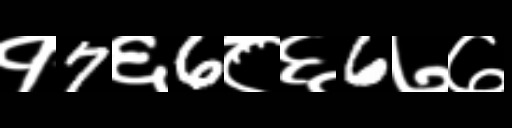
Text: १7६6८६6७७